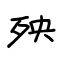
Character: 殃